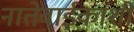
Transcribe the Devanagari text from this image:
नातेवाईकांशी